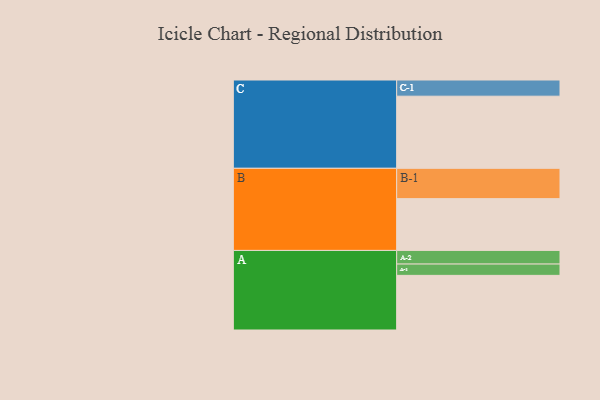
{"axis": {"x": "Segment", "y": "Value"}, "legend": ["", "A", "B", "C"], "data": [{"x": "A", "y": 425, "type": ""}, {"x": "B", "y": 403, "type": ""}, {"x": "C", "y": 561, "type": ""}, {"x": "A-1", "y": 88, "type": "A"}, {"x": "A-2", "y": 106, "type": "A"}, {"x": "B-1", "y": 236, "type": "B"}, {"x": "C-1", "y": 126, "type": "C"}]}